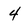
Character: 4